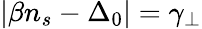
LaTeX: \lvert\beta n_{s}-\Delta_{0}\rvert=\gamma_{\perp}